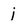
Character: j